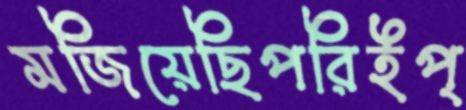
মজিয়েছিপরিইপ্